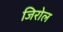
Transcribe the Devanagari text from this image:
जिरोल